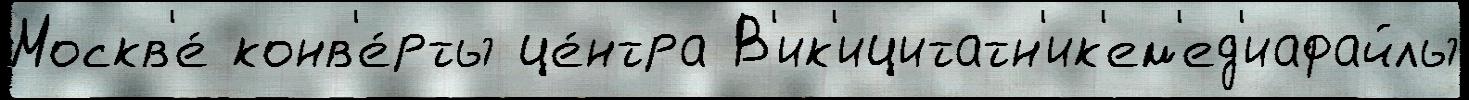
Москв'е́ конв'е́рты це́нтра В'ик'ицитатн'ик'ем'ед'иафайлы